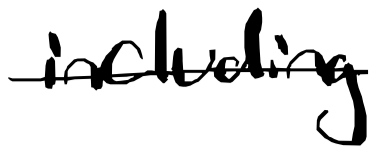
Text: including
Cross-out: single-line
Writing tool: digital_black